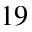
^ { 1 9 }